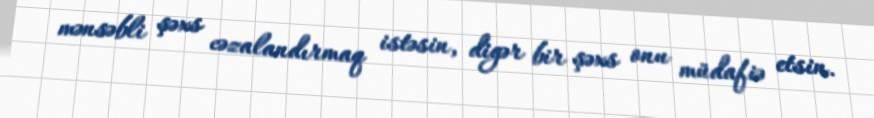
mənsəbli şəxs cəzalandırmaq istəsin, digər bir şəxs onu müdafiə etsin.